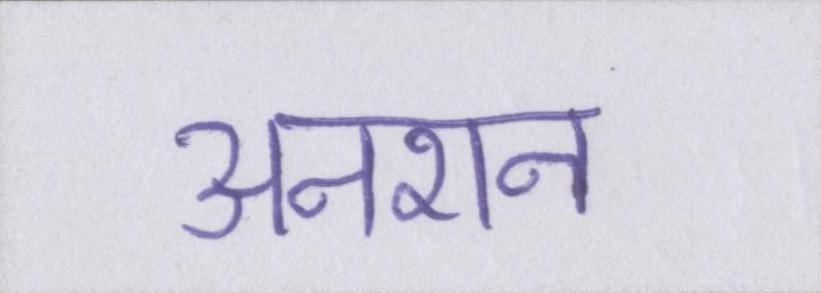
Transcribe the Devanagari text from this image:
अनशन